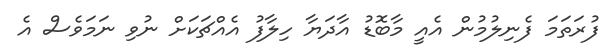
ފުރަތަމަ ފެނިލުމުން އެއީ މާބޮޑު އާދަޔާ ހިލާފު އެއްޗަކަށް ނުވި ނަމަވެސް އެ